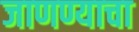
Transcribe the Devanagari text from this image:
जाणण्याचा